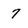
Character: 7